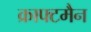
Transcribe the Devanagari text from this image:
क्राफ्टमैन